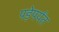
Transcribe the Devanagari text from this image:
पड़ेपर्यंत